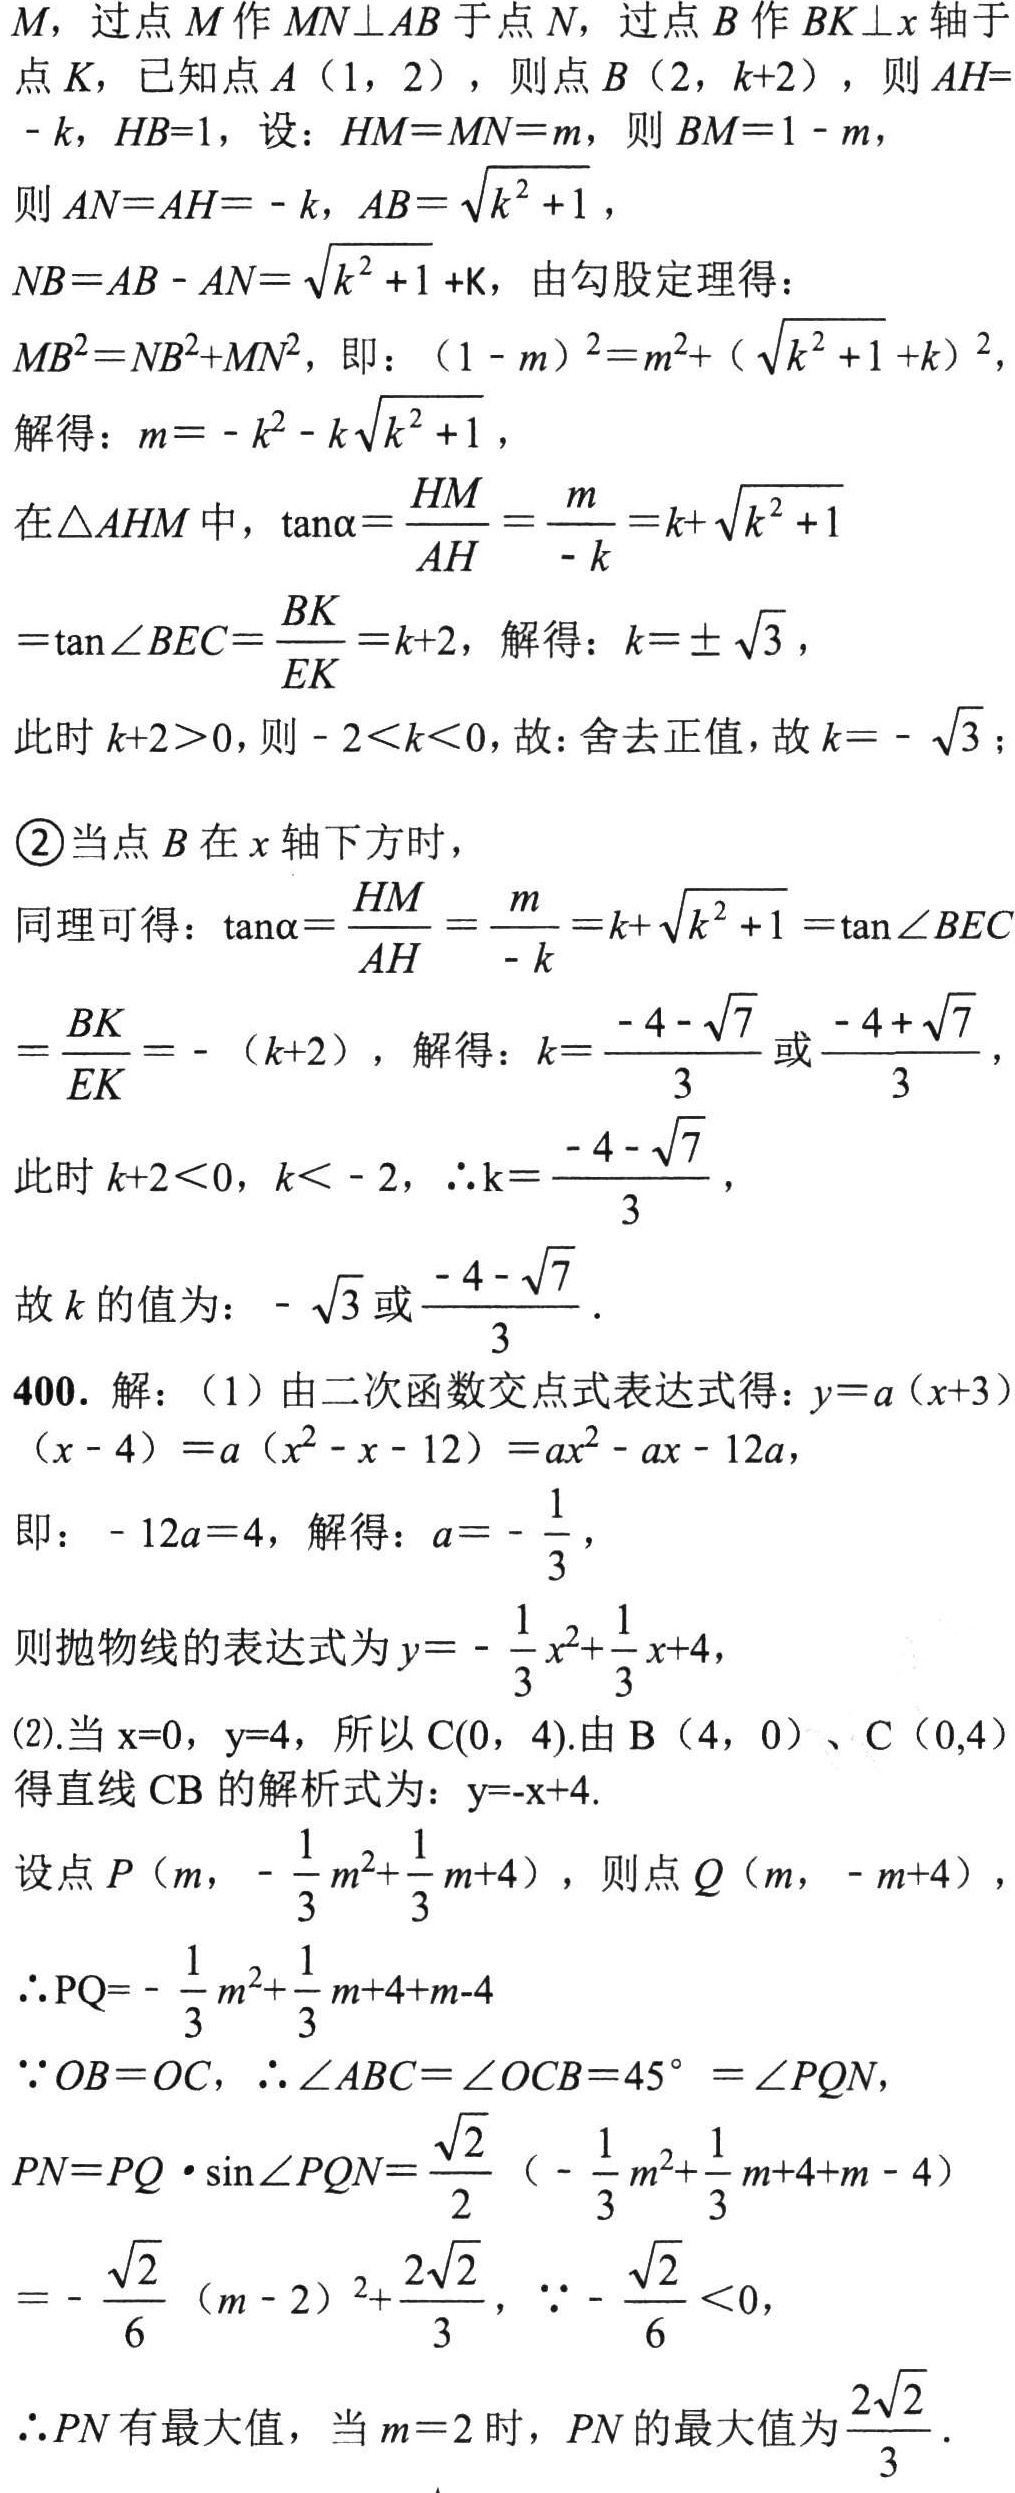
\(M\)，过点\(M\)作\(MN\perp AB\)于点\(N\)，过点\(B\)作\(BK\perp x\)轴于点\(K\)，已知点\(A(1,2)\)，则点\(B(2,k + 2)\)，则\(AH=-k\)，\(HB = 1\)，设：\(HM = MN=m\)，则\(BM = 1 - m\)，
则\(AN = AH=-k\)，\(AB=\sqrt{k^{2}+1}\)，
\(NB=AB - AN=\sqrt{k^{2}+1}+k\)，由勾股定理得：
\(MB^{2}=NB^{2}+MN^{2}\)，即：\((1 - m)^{2}=m^{2}+(\sqrt{k^{2}+1}+k)^{2}\)，
解得：\(m=-k^{2}-k\sqrt{k^{2}+1}\)，
在\(\triangle AHM\)中，\(\tan\alpha=\frac{HM}{AH}=\frac{m}{-k}=k + \sqrt{k^{2}+1}\)
\(=\tan\angle BEC=\frac{BK}{EK}=k + 2\)，解得：\(k=\pm\sqrt{3}\)，
此时\(k + 2>0\)，则\(-2<k<0\)，故：舍去正值，故\(k=-\sqrt{3}\)；
\textcircled{2}当点\(B\)在\(x\)轴下方时，
同理可得：\(\tan\alpha=\frac{HM}{AH}=\frac{m}{-k}=k+\sqrt{k^{2}+1}=\tan\angle BEC\)
\(=\frac{BK}{EK}=-(k + 2)\)，解得：\(k=\frac{-4-\sqrt{7}}{3}\)或\(\frac{-4+\sqrt{7}}{3}\)，
此时\(k + 2<0\)，\(k<-2\)，\(\therefore k=\frac{-4-\sqrt{7}}{3}\)，
故\(k\)的值为：\(-\sqrt{3}\)或\(\frac{-4-\sqrt{7}}{3}\)．
400. 解：(1)由二次函数交点式表达式得：\(y = a(x + 3)(x - 4)=a(x^{2}-x - 12)=ax^{2}-ax - 12a\)，
即：\(-12a = 4\)，解得：\(a=-\frac{1}{3}\)，
则抛物线的表达式为\(y=-\frac{1}{3}x^{2}+\frac{1}{3}x + 4\)，
(2).当\(x = 0\)，\(y = 4\)，所以\(C(0,4)\).由\(B(4,0)\)、\(C(0,4)\)得直线\(CB\)的解析式为：\(y=-x + 4\).
设点\(P(m,-\frac{1}{3}m^{2}+\frac{1}{3}m + 4)\)，则点\(Q(m,-m + 4)\)，
\(\therefore PQ=-\frac{1}{3}m^{2}+\frac{1}{3}m + 4+m - 4\)
\(\because OB = OC\)，\(\therefore\angle ABC=\angle OCB = 45^{\circ}=\angle PQN\)，
\(PN=PQ\cdot\sin\angle PQN=\frac{\sqrt{2}}{2}(-\frac{1}{3}m^{2}+\frac{1}{3}m + 4+m - 4)\)
\(=-\frac{\sqrt{2}}{6}(m - 2)^{2}+\frac{2\sqrt{2}}{3}\)，\(\because-\frac{\sqrt{2}}{6}<0\)，
\(\therefore PN\)有最大值，当\(m = 2\)时，\(PN\)的最大值为\(\frac{2\sqrt{2}}{3}\)．